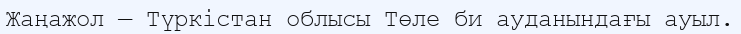
Жаңажол — Түркістан облысы Төле би ауданындағы ауыл.